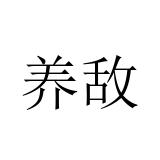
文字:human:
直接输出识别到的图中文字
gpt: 养敌